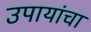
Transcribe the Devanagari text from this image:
उपायांचा